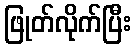
ဖြုတ်လိုက်ပြီး